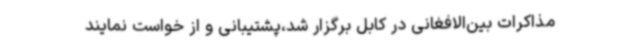
مذاکرات بین‌الافغانی در کابل برگزار شد،پشتیبانی و از خواست نمایند